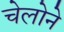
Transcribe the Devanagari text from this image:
चेलोने